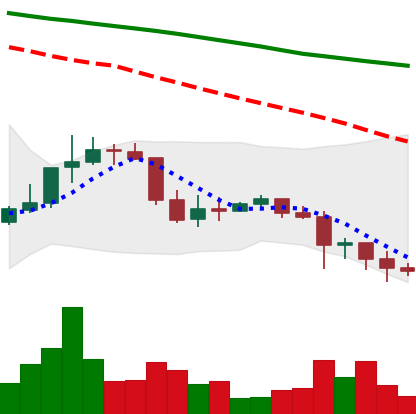
Ticker: DOGE-USD
Chart end date: 2022-01-09
Forward return: 21.503%
Label: up_7plus